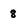
Character: 8